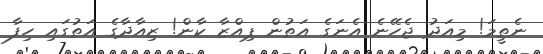
ނެތީމަ! މިއަދު ޖެހޭނެ އެެނަގެ އަތުން ޕިއްޒާ ކާން! ޒިއާދާގެ އަތުގައި ހިފާ